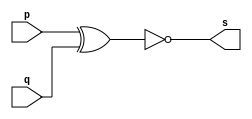
// --------------------- 
// Exemplo0008 - XNOR 
// Nome: Daniel Telles McGinnis 
// --------------------- 
// Previso:
// A sada  a negao da disjuno exclusiva das entradas.
// Teste 1:
// Entradas: (a=0 e b=0), (a=0 e b=1), (a=1 e b=0) e (a=1 e b=1)
// Observaes da sada:
// A sada  uma tabela verdade da negao da disjuno exclusiva.
// --------------------- 
// -- xnor gate 
// --------------------- 
module xnorgate (output s, input p, input q); 
	assign s = ~(p^q); 
endmodule // xnor gate
// --------------------- 
// -- test xnorgate 
// --------------------- 
module testxnorgate; 
	// ------------------------- dados locais 
	reg a, b; // definir registrador 
	wire s;   // definir conexao (fio) 
	// ------------------------- instancia 
	xnorgate XNOR1 (s, a, b); 
	// ------------------------- preparacao 
	initial begin:start 
		a=0;
		b=0;
	end 
	// ------------------------- parte principal 
	initial begin:main 
		$display("Exemplo0008 - Daniel Telles McGinnis - 435042"); 
		$display("Test xnor gate"); 
		$display("~(a ^ b) = s\n");
		$display("  a   b    s");
		$monitor("  %b   %b    %b", a, b, s);
		#1 a=0; b=0;
		#1 a=0; b=1;
		#1 a=1; b=0;
		#1 a=1; b=1;
	end 
endmodule // testxnorgate